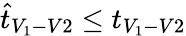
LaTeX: \hat{t}_{V_{1}-V2}\leq t_{V_{1}-V2}